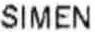
SIMEN